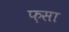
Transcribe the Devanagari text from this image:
फ़सा